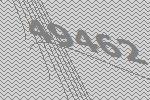
49462